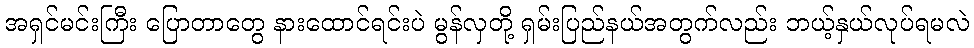
အရှင်မင်းကြီး ပြောတာတွေ နားထောင်ရင်းပဲ မွန်လှတို့ ရှမ်းပြည်နယ်အတွက်လည်း ဘယ့်နှယ်လုပ်ရမလဲ